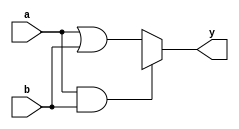
module dont_care_example (
    input wire a,      // Input A
    input wire b,      // Input B
    output wire y      // Output Y
);

// Define the output logic using a case statement
// Here, we assume the following truth table:
// a b | y
// 0 0 | 0
// 0 1 | 1
// 1 0 | 1
// 1 1 | X (Don't Care)

assign y = (a & b) ? 1'bx : (a | b);

endmodule